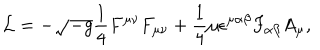
LaTeX: { \cal L } = - \sqrt { - g } { \frac { 1 } { 4 } } F ^ { \mu \nu } F _ { \mu \nu } + { \frac { 1 } { 4 } } \mu \epsilon ^ { \mu \alpha \beta } F _ { \alpha \beta } A _ { \mu } ,